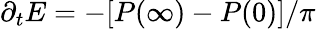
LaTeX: \partial_{t}E=-[P(\infty)-P(0)]/\pi